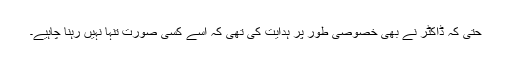
حتٰی کہ ڈاکٹر نے بھی خصوصی طور پر ہدایت کی تھی کہ اسے کسی صورت تنہا نہیں رہنا چاہیے۔